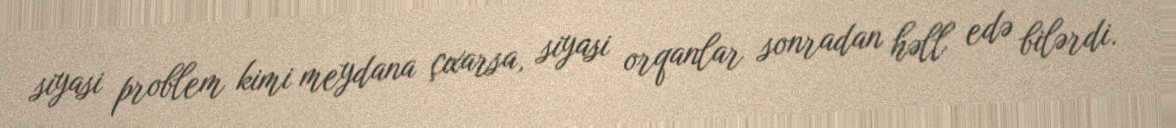
siyasi problem kimi meydana çıxarsa, siyasi orqanlar sonradan həll edə bilərdi.